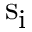
{ \mathrm { s } } _ { \mathrm { i } }